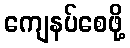
ကျေနပ်စေဖို့